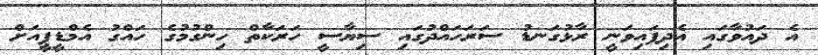
އެ ދައުވާގައި އެދިފައިވަނީ ރާޅުގަނޑު ސަރަހައްދުގައި ސިޔާސީ ހަރަކާތް ހިންގުމުގެ ހައްގު އެމްޑީޕީއަށް